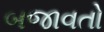
બજાવતો